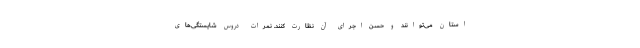
استان می‌توانند و حسن اجرای آن نظارت کنند. نمرات دروس شایستگی‌های